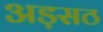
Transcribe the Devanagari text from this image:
अड़सठ